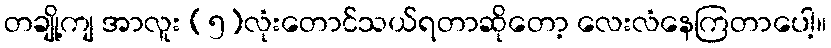
တချို့ကျ အာလူး (၅)လုံးတောင်သယ်ရတာဆိုတော့ လေးလံနေကြတာပေါ့။